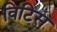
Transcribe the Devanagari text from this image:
विटिस